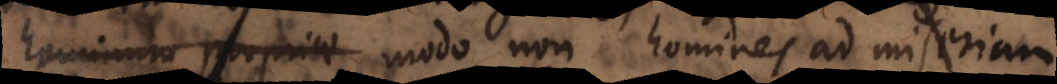
hominum propriae modo non homines ad miseriam